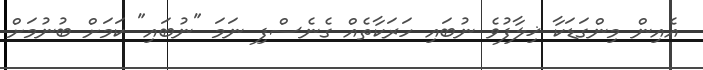
އެއިން މިންގަޑަކާ ޚިލާފުވެ ނުބައި ހަރަކާތެއް ގެނެސްފި ނަމަ "ނުބައި" ކަމަށް ބުނުމަށް